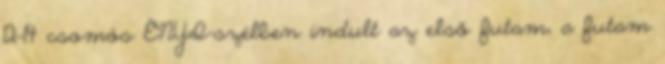
12-14 csomós ÉNYI-szélben indult az első futam, a futam